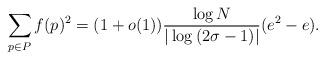
LaTeX: \begin{align*}\sum_{p \in P} f(p)^2 = (1+o(1))\frac{\log{N}}{|\log{(2\sigma-1)}|}(e^2 -e).\end{align*}